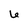
Character: 6